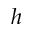
h